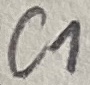
Text: C1